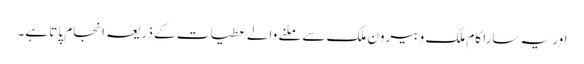
اور یہ سارا کام ملک و بیرون ملک سے ملنے والے عطیات کے ذریعہ انجام پاتا ہے۔